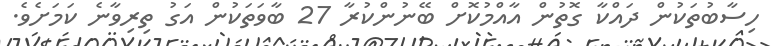
ހިސާބުތަކުން ދައްކާ ގޮތުން އާއްމުކޮށް ބޭނުންކުރާ 27 ބާވަތަކުން އަގު ތިރިވާނެ ކަމަށެވެ.